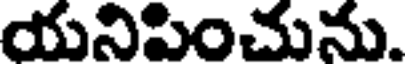
యనిపించును.